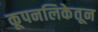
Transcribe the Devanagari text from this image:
कूपनलिकेतून